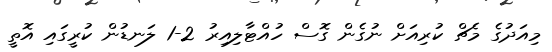
މިއަދުގެ މެޗް ކުރިއަށް ނުގެން ގޮސް ހުއްޓާލިއިރު 2-1 ލަނޑުން ކުރީގައި އޮތީ